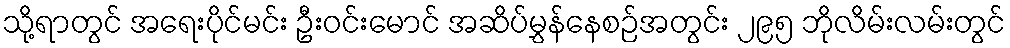
သို့ရာတွင် အရေးပိုင်မင်း ဦးဝင်းမောင် အဆိပ်မွှန်နေစဉ်အတွင်း ၂၉၅ ဘိုလိမ်းလမ်းတွင်